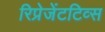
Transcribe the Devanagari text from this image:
रिप्रेजेंटटिव्स